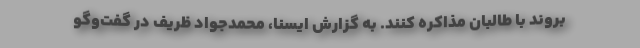
بروند با طالبان مذاکره کنند. به گزارش ایسنا، محمدجواد ظریف در گفت‌وگو